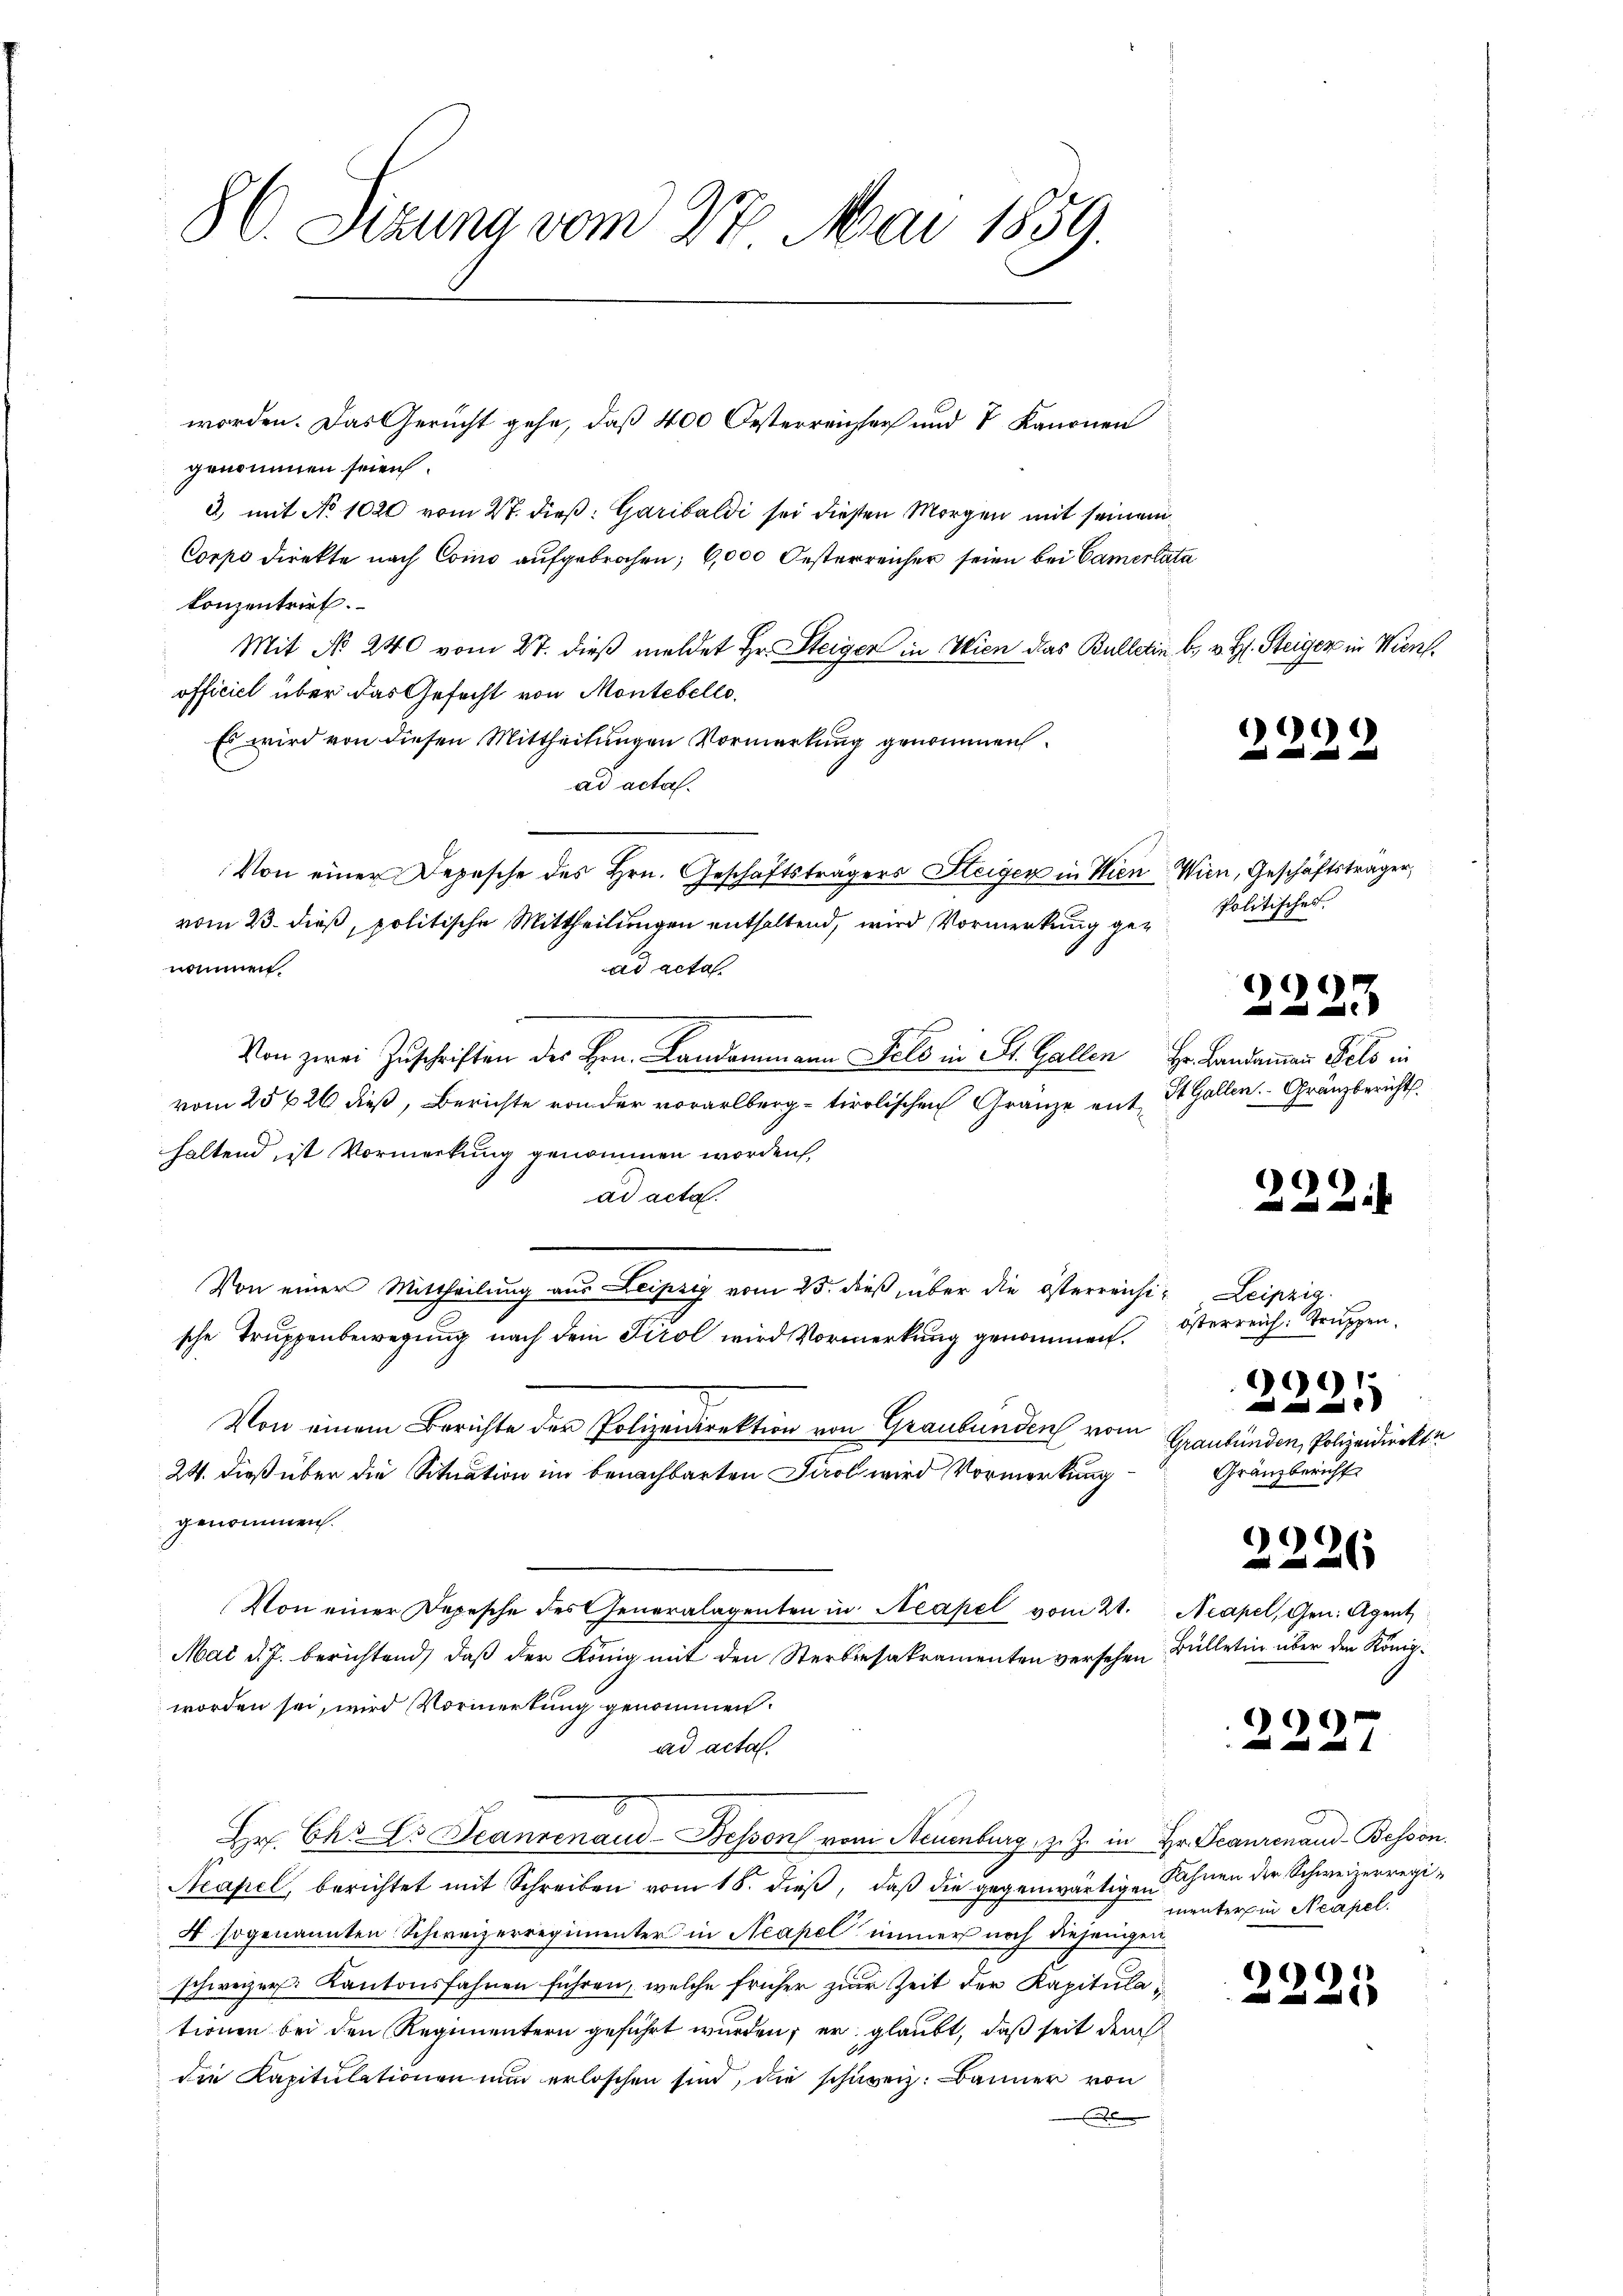
86. Sizung vom 27. Mai 1859.

worden. Das Gericht gehe, daß 400 Oesterreicher und 8 Kanonen
genommen seien.
3, mit No 1020 vom 27. dieß: Garibaldi sei diesen Morgen mit seinem
Corps direkte nach Como aufgebrochen; 6,000 Oesterreicher seien bei Camentata
konzentrirt.
Mit No 240 vom 27. dieβ meldet Hr. Steiger in Wien das Bulletin b. u. H. Steiger in Wien.
officiel über das Gefecht von Montebelle,
Es wird von diesen Mittheilungen Vormerkung genommen.
ad acta.
Von einer Depesche des Hrn. Geschäftsträgers Steiger in Wien Wien, Geschäftsträger,
vom 23. dieß, politische Mittheilungen enthaltend, wird Vormerkung genommen
ad acta
Von zwei Zuschriften des Hrn. Landammann Fels in St. Gallen Hr. Bandammann Fels in
vom 25626 dieß, Berichte von der vorarlberg - tirolischen Gränze mit St. Gallen. Gränzbericht
haltend, ist Vormerkung genommen worden,
ad acta.
Von einer Mittheilung aus Leipzig vom 25. dieß, über die österreichi- Leipzig
sche Truppenbewegung nach dem Tirol wird Vormerkung genommen.
Von einem Berichte der Polizeidirektion von Graubünden vom
Graubünd
24. dieß über die Situation im benachbarten Tirol wird Vormerkung
genommen.
Von einer Depesche des Generalagenten in Neapel vom 21. Neapel, Gen. Agent
Mai d. J. berichtend, daß der König mit den Sterbesakramenten versehen Bülletin über den König.
worden sei, wird Vormerkung genommen.
ad acta.
Hr. Ch. Es Jeanrenaud-Besson von Neuenburg, z. Z. in Hr. Beaurenau-Bessön.
p
Neapel, berichtet mit Schreiben vom 18. dieß, daß die gegenwärtigen
4 sogenannten Schweizerregimenter in Neapel immer noch diejenigen
schweizer. Kantonsfahnen führen, welche früher zur Zeit der Kapitulationen bei den Regimentern geführt wurden; er glaubt, daß seit dem
die Kapitulationen nun erloschen sind, die schweiz. Banner von

2
Grau

1
d

Politisches.

)

)

)
.

österreich: Truppen.

9915

229

)
e

3

e
2 Polizeidierkte
bericht

)
2

.

3

Fahnen der Schweizerregimunterpin Neapel.